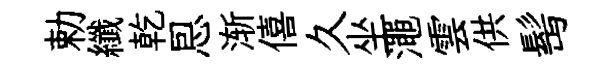
勅纖乾㤙渐僖久坐澠雲供髩